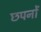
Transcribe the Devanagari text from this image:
छपनों